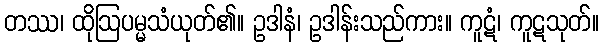
တဿ၊ ထိုဩပမ္မသံယုတ်၏။ ဥဒါနံ၊ ဥဒါန်းသည်ကား။ ကူဋံ၊ ကူဋသုတ်။